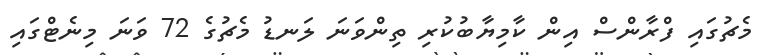
މެޗުގައި ފްރާންސް އިން ކާމިޔާބުކުރި ތިންވަނަ ލަނޑު މެޗުގެ 72 ވަނަ މިނެޓްގައި